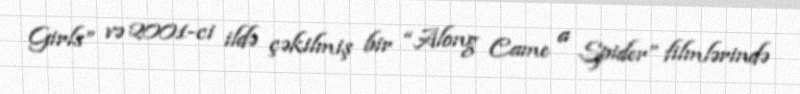
Girls” və 2001-ci ildə çəkilmiş bir “Along Came a Spider” filmlərində